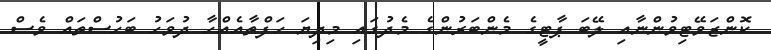
ކޮންޒަވޭޓިވުންނާއި ލޭބަ ޕާޓީގެ މެންބަރުންގެ މެދުގައި މިދިޔަ ހަފްތާއެއްހާ ދުވަހު ބަހުސްތައް ވެސް